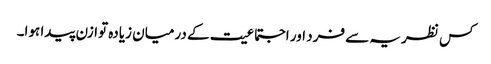
کس نظریہ سے فرد اور اجتماعیت کے درمیان زیادہ توازن پیدا ہوا۔